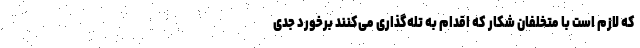
که لازم است با متخلفان شکار که اقدام به تله‌گذاری می‌کنند برخورد جدی